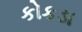
કોકડા